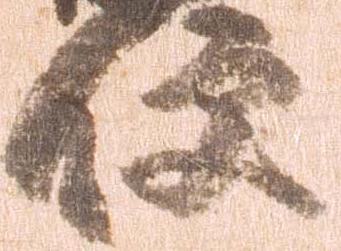
便